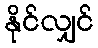
နိုင်လျှင်